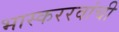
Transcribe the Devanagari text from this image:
भास्कररवांची